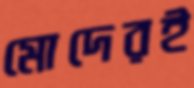
মোদেরই